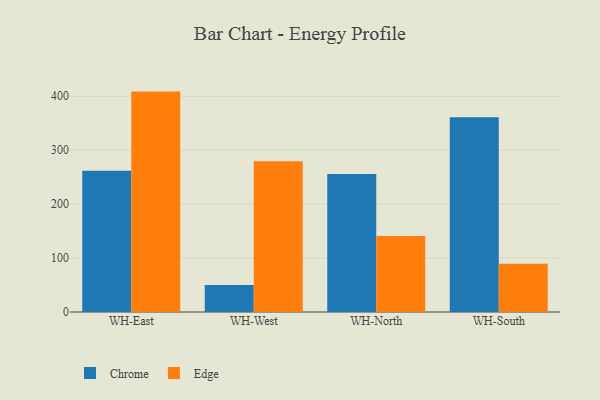
{"axis": {"x": "Warehouse", "y": "Bounce Rate (%)"}, "legend": ["Chrome", "Edge"], "data": [{"x": "WH-East", "y": 261.9, "type": "Chrome"}, {"x": "WH-East", "y": 408.5, "type": "Edge"}, {"x": "WH-West", "y": 49.9, "type": "Chrome"}, {"x": "WH-West", "y": 279.3, "type": "Edge"}, {"x": "WH-North", "y": 255.8, "type": "Chrome"}, {"x": "WH-North", "y": 140.9, "type": "Edge"}, {"x": "WH-South", "y": 361.0, "type": "Chrome"}, {"x": "WH-South", "y": 89.6, "type": "Edge"}]}